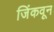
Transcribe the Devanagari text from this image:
जिंकवून